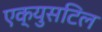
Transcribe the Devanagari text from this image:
एक्युसटिल